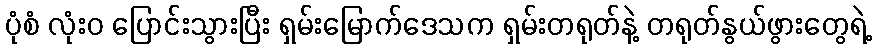
ပုံစံ လုံးဝ ပြောင်းသွားပြီး ရှမ်းမြောက်ဒေသက ရှမ်းတရုတ်နဲ့ တရုတ်နွယ်ဖွားတွေရဲ့